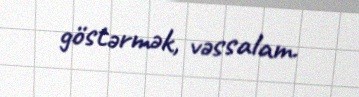
göstərmək, vəssalam.